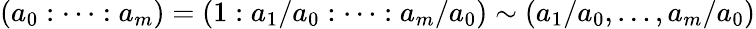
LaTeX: (a_{0}:\dots:a_{m})=(1:a_{1}/a_{0}:\dots:a_{m}/a_{0})\sim(a_{1}/a_{0},\dots,a_{m}/a_{0})